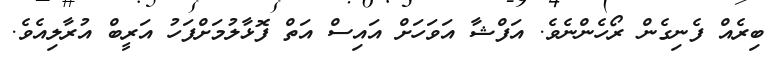
ބިރެއް ފެނިގެން ރޯހެންނެވެ. އަފްޝާ އަވަހަށް އައިސް އަތް ފޮޅާލުމަށްފަހު އަރީބް އުރާލިއެވެ.